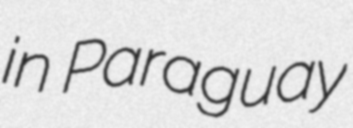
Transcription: in Paraguay